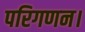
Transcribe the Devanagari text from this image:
परिगणन।